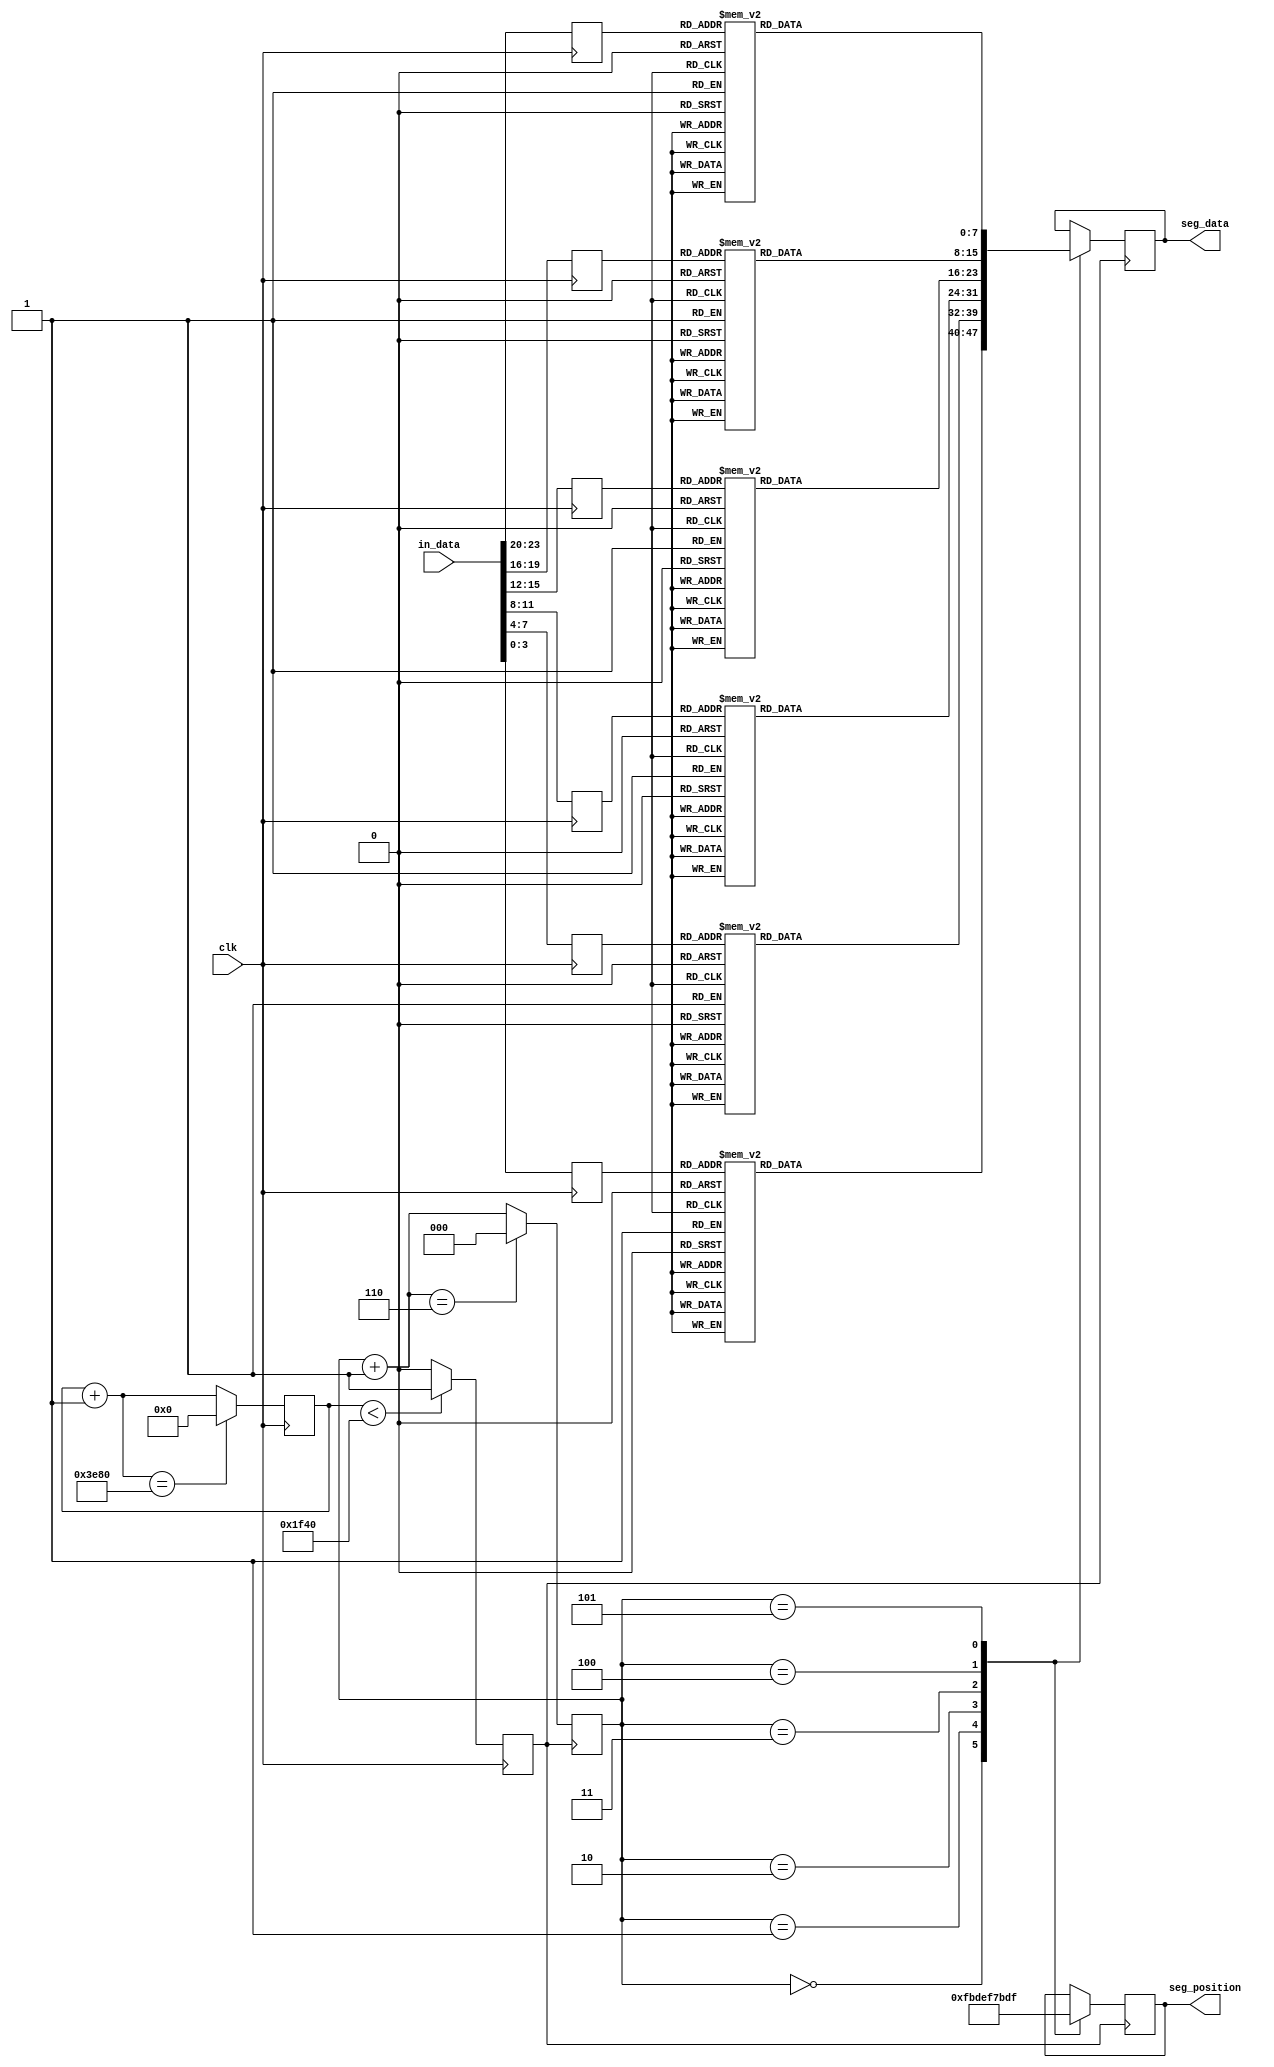
module outBuffer(in_data, clk, seg_data, seg_position);
  input [23:0] in_data;
  input clk;
  output [7:0] seg_data;
  output [5:0] seg_position;
  reg		[13:0]	clk_counter;
	reg				slow_clk;
	reg		[2:0]	state;
	reg [7:0] seg_data;
	reg [5:0] seg_position;
	
	reg		[3:0]	min_10, min_1, sec_10, sec_1, tm_10, tm_1;
	
	
	
  parameter tm_1_s = 0;
  parameter tm_10_s = 1;
  parameter sec_1_s = 2;
  parameter sec_10_s = 3;
  parameter min_1_s = 4;
  parameter min_10_s = 5;
  
  
  function [7:0] myfunc;
    input [3:0] digit;
    begin
      case (digit)
        0: myfunc = 8'b11111100; //0
        1: myfunc = 8'b01100000;//1
        2: myfunc = 8'b11011010; //2
        3: myfunc = 8'b11110010; //3
        4: myfunc = 8'b01100110; //4
        5: myfunc = 8'b10110110; //5
        6: myfunc = 8'b00111110; //6
        7: myfunc = 8'b11100000; //7
        8: myfunc = 8'b11111110; //8
        9: myfunc = 8'b11100110; //9
        default: myfunc = 8'b00000000;
      endcase 
    end
  endfunction
  
  always @(posedge clk) begin
		if (clk_counter < 8000)		slow_clk = 1;
		else						slow_clk = 0;
		
		clk_counter = clk_counter + 1;
		if (clk_counter == 16000)	clk_counter = 0;
	end
	
	always @ (posedge clk) begin
	  tm_1 <= in_data[3:0];
	  tm_10 <= in_data[7:4];
	  sec_1 <= in_data[11:8];
	  sec_10 <= in_data[15:12];
	  min_1 <= in_data[19:16];
	  min_10 <= in_data[23:20];
	end
	
  always @(posedge slow_clk) begin
		case (state)
			tm_1_s: begin	seg_data = myfunc(tm_1);	seg_position = 6'b111110;	end
			tm_10_s: begin	seg_data = myfunc(tm_10);	seg_position = 6'b111101;	end
			sec_1_s: begin	seg_data = myfunc(sec_1);	seg_position = 6'b111011;	end
			sec_10_s: begin	seg_data = myfunc(sec_10);	seg_position = 6'b110111;	end
			min_1_s: begin	seg_data = myfunc(min_1);	seg_position = 6'b101111;	end
			min_10_s: begin	seg_data = myfunc(min_10);	seg_position = 6'b011111;	end
		endcase
		state = state + 1;
		if (state == 6)	state = 0;
	end
	
endmodule